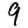
Digit: 9